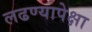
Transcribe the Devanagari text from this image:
लढण्यापेक्षा